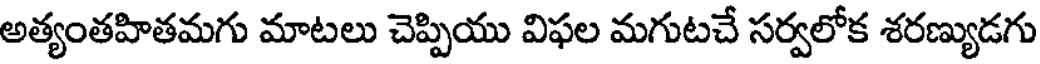
అత్యంతహితమగు మాటలు చెప్పియు విఫల మగుటచే సర్వలోక శరణ్యుడగు